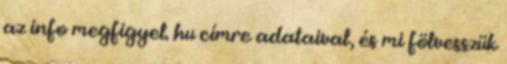
az info megfigyel. hu címre adataival, és mi fölvesszük